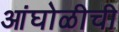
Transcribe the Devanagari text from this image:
आंघोळीची